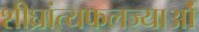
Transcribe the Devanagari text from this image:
शीघ्रांत्यफलज्याओं